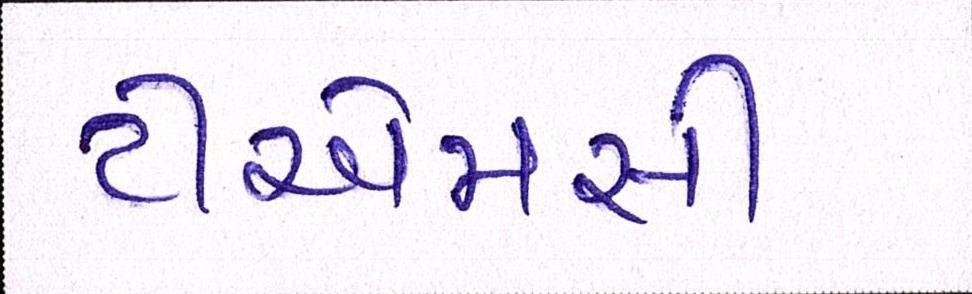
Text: ટીએમસી